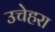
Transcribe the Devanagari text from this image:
उचेहरा